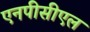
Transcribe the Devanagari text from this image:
एनपीसीएल